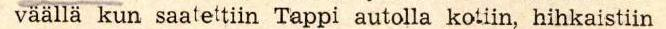
väällä kun saatettiin Tappi autolla kotiin, hihkaistiin